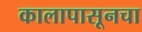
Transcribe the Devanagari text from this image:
कालापासूनचा